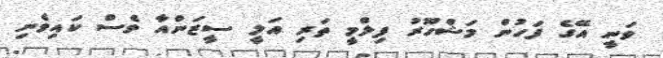
ވަނީ އޭގެ ފަހުން މަޝްހޫރު ފިލްމީ ތަރި އަލީ ސީޒަންއާ ވެސް ކައިވެނި